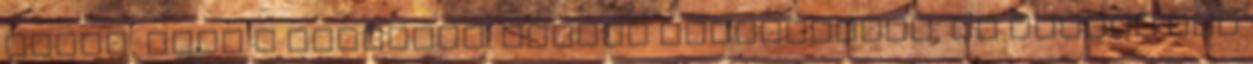
remeg, mint a kocsonya. Muszáj kiderítenem, és bassza meg